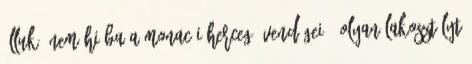
álluk. Nem hiába a monacói herceg "vendégei". Olyan lakosztályt